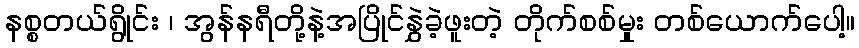
နစ္စတယ်ရွိုင်း ၊ အွန်နရီတို့နဲ့အပြိုင်နွှဲခဲ့ဖူးတဲ့ တိုက်စစ်မှုး တစ်ယောက်ပေါ့။